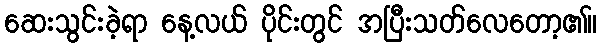
ဆေးသွင်းခဲ့ရာ နေ့လယ် ပိုင်းတွင် အပြီးသတ်လေတော့၏။